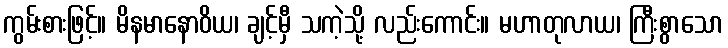
ကွမ်းစားဖြင့်။ မိနမာနောဝိယ၊ ချင့်မှီ သကဲ့သို့ လည်းကောင်း။ မဟာတုလာယ၊ ကြီးစွာသော